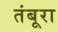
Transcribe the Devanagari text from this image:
तंबूरा